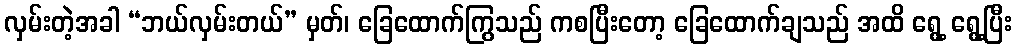
လှမ်းတဲ့အခါ “ဘယ်လှမ်းတယ်” မှတ်၊ ခြေထောက်ကြွသည် ကစပြီးတော့ ခြေထောက်ချသည် အထိ ရွေ့ ရွေ့ပြီး